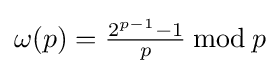
\omega (p)={\tfrac {2^{p-1}-1}{p}}\,{\bmod {\,}}p